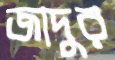
জাদুর